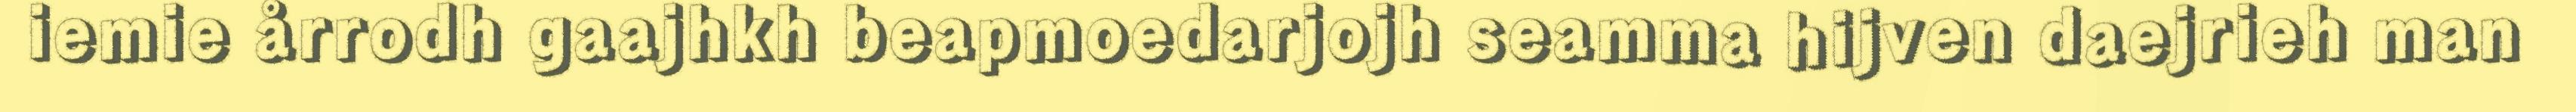
iemie årrodh gaajhkh beapmoedarjojh seamma hijven daejrieh man